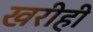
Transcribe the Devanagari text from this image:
खरीही